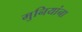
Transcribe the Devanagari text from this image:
मुनियांना